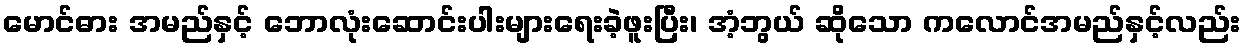
မောင်ဓား အမည်နှင့် ဘောလုံးဆောင်းပါးများရေးခဲ့ဖူးပြီး၊ အံ့ဘွယ် ဆိုသော ကလောင်အမည်နှင့်လည်း